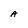
Character: A